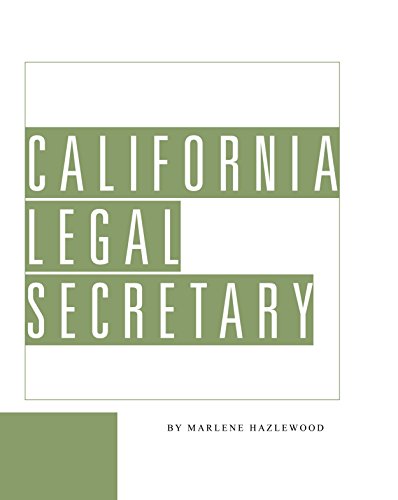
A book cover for California Legal Secretary; Marlene Hazlewood; Law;